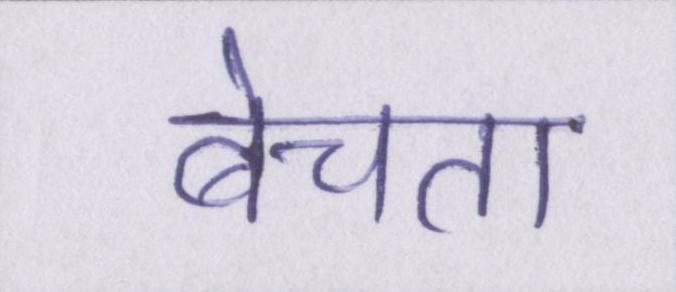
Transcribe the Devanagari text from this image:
बेचता